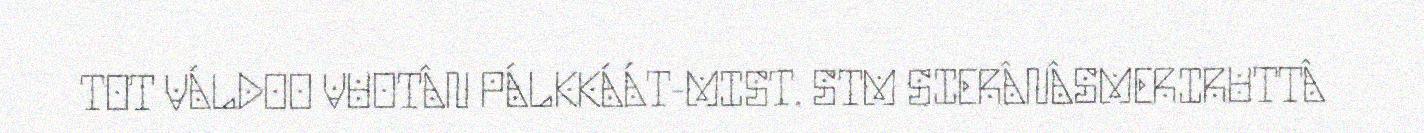
TOT VÁLDOO VUOTÂN PÁLKKÁÁT-MIST. STM SIERÂNÂSMERIRUTTÂ